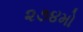
૨૭૪મો